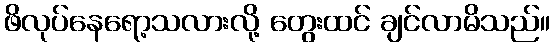
ဖိလုပ်နေရော့သလားလို့ တွေးထင် ချင်လာမိသည်။